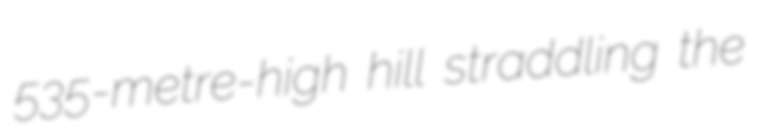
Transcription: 535-metre-high hill straddling the